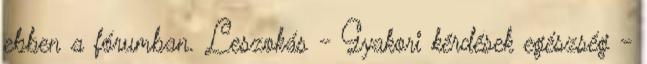
ebben a fórumban. Leszokás - Gyakori kérdések egészség -